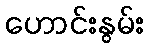
ဟောင်းနွမ်း